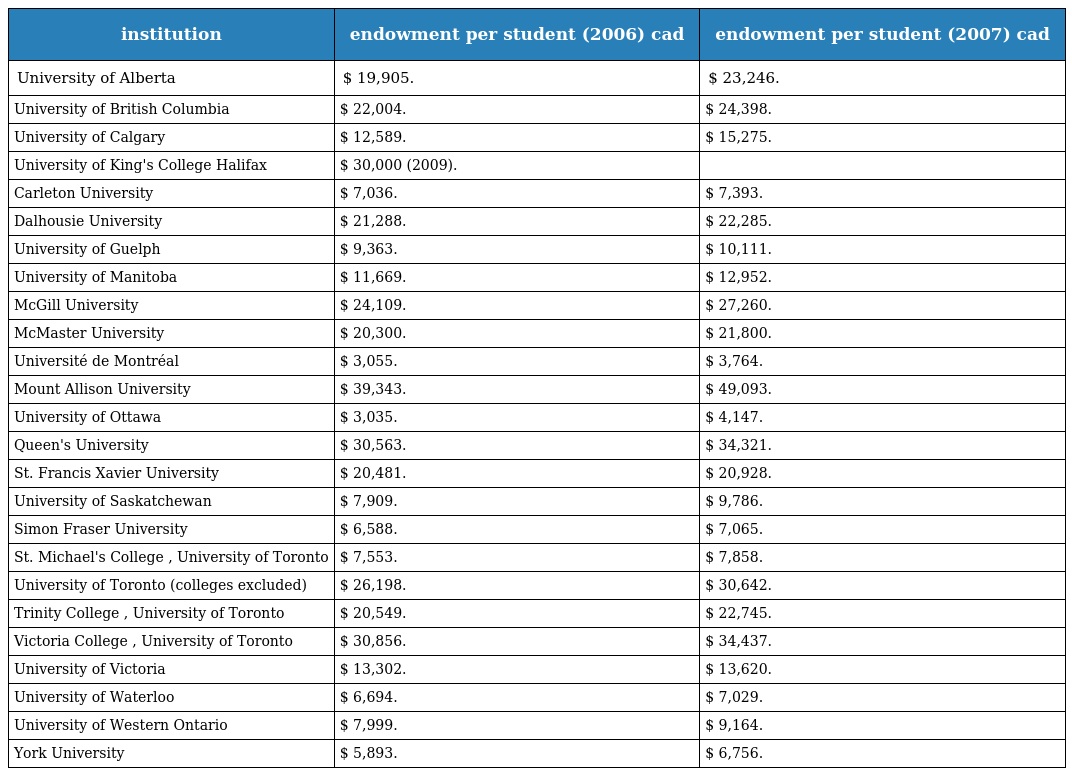
| institution | endowment per student (2006) cad | endowment per student (2007) cad |
 | --- | --- | --- |
 | University of Alberta | $ 19,905. | $ 23,246. |
 | University of British Columbia | $ 22,004. | $ 24,398. |
 | University of Calgary | $ 12,589. | $ 15,275. |
 | University of King's College Halifax | $ 30,000 (2009). |  |
 | Carleton University | $ 7,036. | $ 7,393. |
 | Dalhousie University | $ 21,288. | $ 22,285. |
 | University of Guelph | $ 9,363. | $ 10,111. |
 | University of Manitoba | $ 11,669. | $ 12,952. |
 | McGill University | $ 24,109. | $ 27,260. |
 | McMaster University | $ 20,300. | $ 21,800. |
 | Université de Montréal | $ 3,055. | $ 3,764. |
 | Mount Allison University | $ 39,343. | $ 49,093. |
 | University of Ottawa | $ 3,035. | $ 4,147. |
 | Queen's University | $ 30,563. | $ 34,321. |
 | St. Francis Xavier University | $ 20,481. | $ 20,928. |
 | University of Saskatchewan | $ 7,909. | $ 9,786. |
 | Simon Fraser University | $ 6,588. | $ 7,065. |
 | St. Michael's College , University of Toronto | $ 7,553. | $ 7,858. |
 | University of Toronto (colleges excluded) | $ 26,198. | $ 30,642. |
 | Trinity College , University of Toronto | $ 20,549. | $ 22,745. |
 | Victoria College , University of Toronto | $ 30,856. | $ 34,437. |
 | University of Victoria | $ 13,302. | $ 13,620. |
 | University of Waterloo | $ 6,694. | $ 7,029. |
 | University of Western Ontario | $ 7,999. | $ 9,164. |
 | York University | $ 5,893. | $ 6,756. |